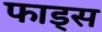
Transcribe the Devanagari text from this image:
फाड्स